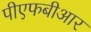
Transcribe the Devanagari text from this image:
पीएफबीआर